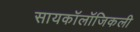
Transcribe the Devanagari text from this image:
सायकॉलॉजिकली